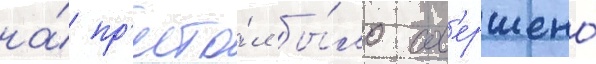
на́ пр'есто́л бы́ло сов'ершено́